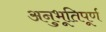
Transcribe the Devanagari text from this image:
अनुभूतिपूर्ण